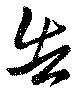
告